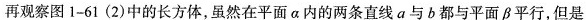
再观察图1-61(2)中的长方体，虽然在平面a内的两条直线a与b都与平面β平行，但是